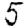
Digit: 5